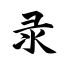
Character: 录